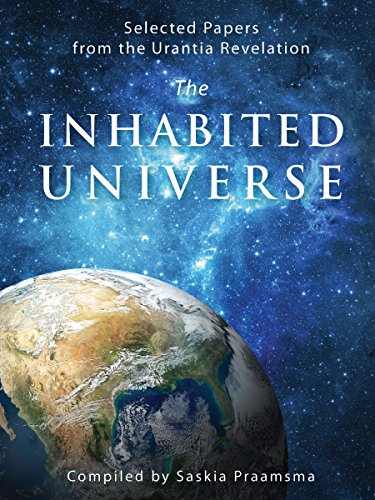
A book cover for The Inhabited Universe: Selected Papers from the Urantia Revelation; Celestial Authors; Religion & Spirituality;